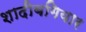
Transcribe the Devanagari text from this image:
शादीबगियार